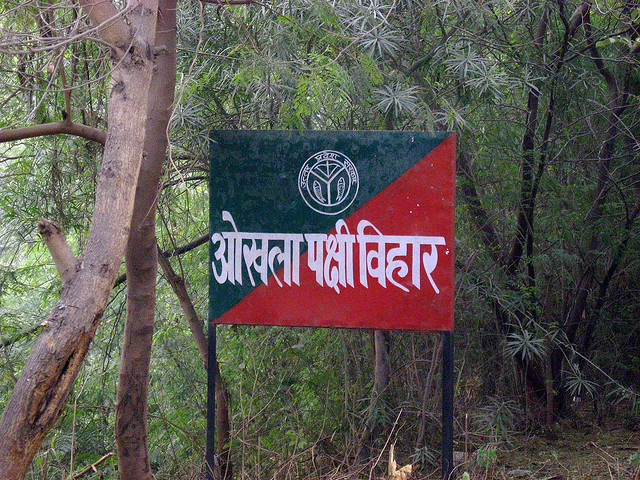
Language: hindi
Transcription: पक्षी विहार ओखला